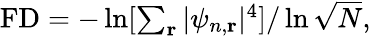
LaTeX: \begin{array}{r}{\mathrm{FD}=-\ln[\sum_{\mathbf{r}}|\psi_{n,\mathbf{r}}|^{4}]/\ln{\sqrt{N}},}\end{array}